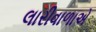
લારીવાળાએ